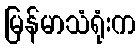
မြန်မာသံရုံးက